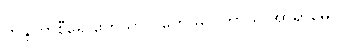
တိန္ဒုကာစီရေ ဧကသာလကေ မလ္လိကာယ အာရာမေ။